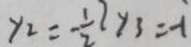
y _ { 2 } = - \frac { 1 } { 2 } 2 y _ { 3 } = - 1